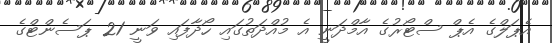
އެޕަލްގެ އެޕް ސްޓޯރުގެ އާމްދަނީ އެ މުއްދަތުގައި ހޯދާފައި ވަނީ 21 ޕަސެންޓްގެ